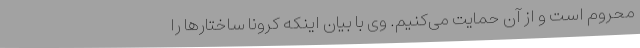
محروم است و از آن حمایت می‌کنیم. وی با بیان اینکه کرونا ساختارها را